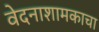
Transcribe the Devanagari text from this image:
वेदनाशामकाचा